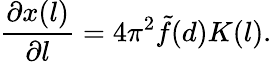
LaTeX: \frac{\partial x(l)}{\partial l}=4\pi^{2}\tilde{f}(d)K(l).